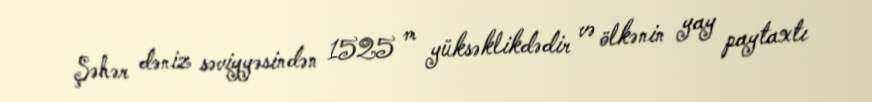
Şəhər dəniz səviyyəsindən 1525 m yüksəklikdədir və ölkənin yay paytaxtı